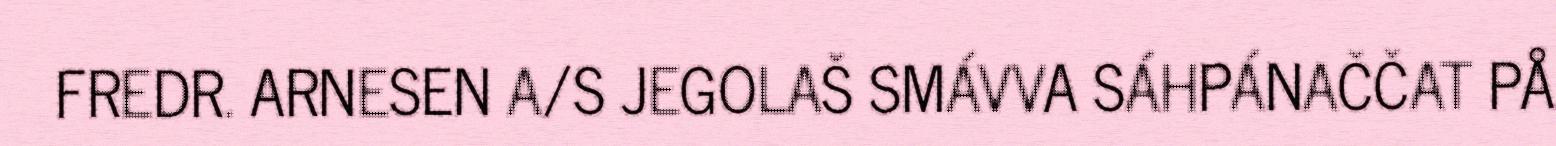
FREDR. ARNESEN A/S JEGOLAŠ SMÁVVA SÁHPÁNAČČAT PÅ